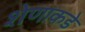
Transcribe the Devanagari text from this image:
शेणाकडे